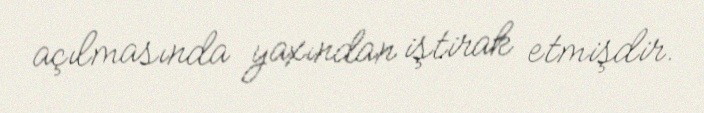
açılmasında yaxından iştirak etmişdir.